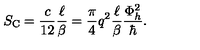
S _ { \mathrm { \scriptsize C } } = \frac { c } { 1 2 } \frac { \ell } { \beta } = \frac { \pi } { 4 } q ^ { 2 } \frac { \ell } { \beta } \frac { \Phi _ { h } ^ { 2 } } { \hbar } .